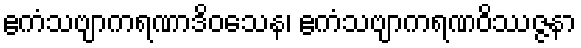
ဧကံသဗျာကရဏာဒိဝသေန၊ ဧကံသဗျာကရဏဝိဿဇ္ဇနာ